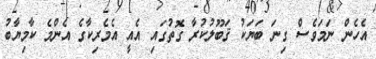
އެހެން ނަމަވެސް ގިނަ ބަޔަކު ޤަބޫލުކުރާ ގޮތުގައި އެއީ އެމެރިކާގެ އެންމެ ކާމިޔާބު